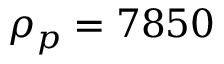
\rho _ { p } = 7 8 5 0